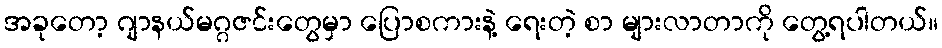
အခုတော့ ဂျာနယ်မဂ္ဂဇင်းတွေမှာ ပြောစကားနဲ့ ရေးတဲ့ စာ များလာတာကို တွေ့ရပါတယ်။